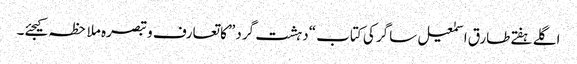
اگلے ہفتےطارق اسمٰعیل ساگر کی کتاب “دہشت گرد” کا تعارف و تبصرہ ملاحظہ کیجئے۔